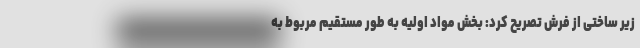
زیر ساختی از فرش تصریح کرد: بخش مواد اولیه به طور مستقیم مربوط به